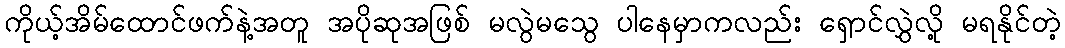
ကိုယ့်အိမ်ထောင်ဖက်နဲ့အတူ အပိုဆုအဖြစ် မလွဲမသွေ ပါနေမှာကလည်း ရှောင်လွှဲလို့ မရနိုင်တဲ့